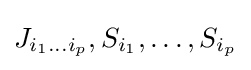
J_{i_{1}\dots i_{p}},S_{i_{1}},\dots ,S_{i_{p}}